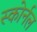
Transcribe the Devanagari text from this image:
स्कोर्नल